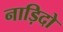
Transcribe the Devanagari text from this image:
नाड़िदो